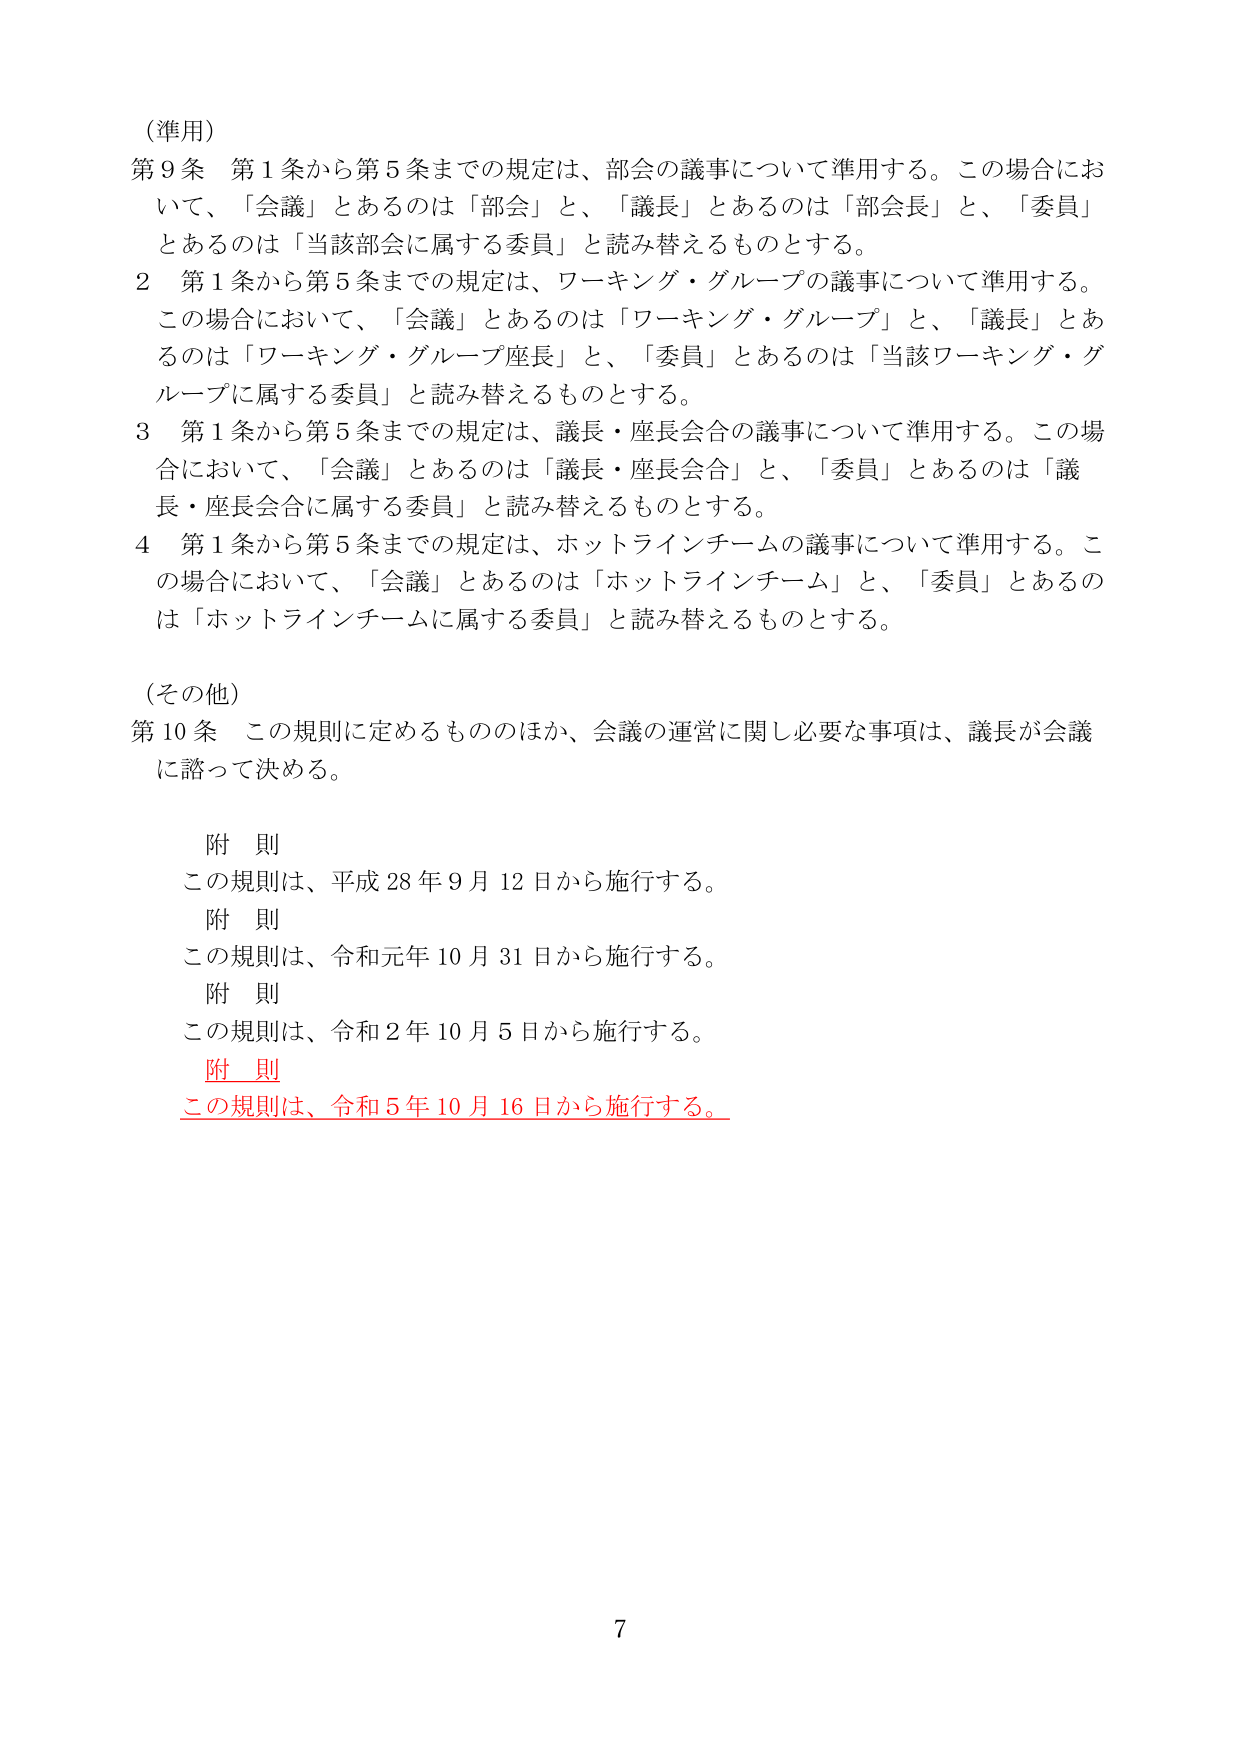
（準用）
第９条 第１条から第５条までの規定は、部会の議事について準用する。この場合において、「会議」とあるのは「部会」と、「議長」とあるのは「部会長」と、「委員」とあるのは「当該部会に属する委員」と読み替えるものとする。
２ 第１条から第５条までの規定は、ワーキング・グループの議事について準用する。この場合において、「会議」とあるのは「ワーキング・グループ」と、「議長」とあるのは「ワーキング・グループ座長」と、「委員」とあるのは「当該ワーキング・グループに属する委員」と読み替えるものとする。
３ 第１条から第５条までの規定は、議長・座長会合の議事について準用する。この場合において、「会議」とあるのは「議長・座長会合」と、「委員」とあるのは「議長・座長会合に属する委員」と読み替えるものとする。
４ 第１条から第５条までの規定は、ホットラインチームの議事について準用する。この場合において、「会議」とあるのは「ホットラインチーム」と、「委員」とあるのは「ホットラインチームに属する委員」と読み替えるものとする。

（その他）
第10条 この規則に定めるもののほか、会議の運営に関し必要な事項は、議長が会議に諮って決める。

附則
この規則は、平成28年9月12日から施行する。
附則
この規則は、令和元年10月31日から施行する。
附則
この規則は、令和2年10月5日から施行する。
附則
この規則は、令和5年10月16日から施行する。

7